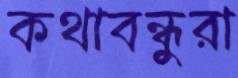
কথাবন্ধুরা